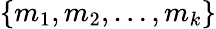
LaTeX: \{ m_{1},m_{2},\dots,m_{k}\}